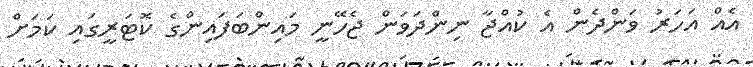
އެއް އަހަރު ވަންދެން އެ ކުއްޖާ ނިންދަވަން ޖެހޭނީ މައިންބަފައިންގެ ކޮޓަރީގައި ކަމަށް